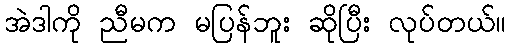
အဲဒါကို ညီမက မပြန်ဘူး ဆိုပြီး လုပ်တယ်။